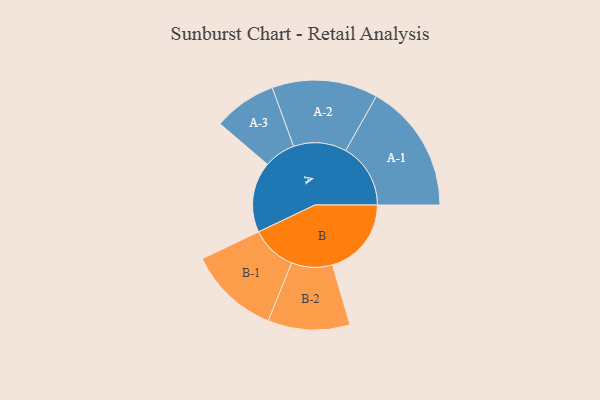
{"axis": {"x": "Segment", "y": "Value"}, "legend": ["", "A", "B"], "data": [{"x": "A", "y": 307, "type": ""}, {"x": "B", "y": 343, "type": ""}, {"x": "A-1", "y": 282, "type": "A"}, {"x": "A-2", "y": 230, "type": "A"}, {"x": "A-3", "y": 137, "type": "A"}, {"x": "B-1", "y": 198, "type": "B"}, {"x": "B-2", "y": 178, "type": "B"}]}